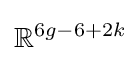
\mathbb {R} ^{6g-6+2k}